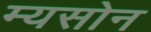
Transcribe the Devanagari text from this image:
म्यसोन